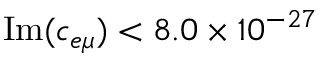
\mathrm { I m } ( c _ { e \mu } ) < 8 . 0 \times 1 0 ^ { - 2 7 }